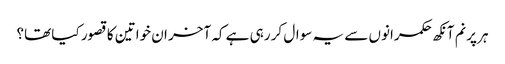
ہر پرنم آنکھ حکمرانوں سے یہ سوال کر رہی ہے کہ آخر ان خواتین کا قصور کیا تھا؟